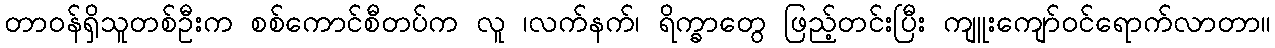
တာဝန်ရှိသူတစ်ဦးက စစ်ကောင်စီတပ်က လူ ၊လက်နက်၊ ရိက္ခာတွေ ဖြည့်တင်းပြီး ကျူးကျော်ဝင်ရောက်လာတာ။